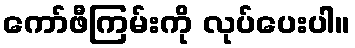
ကော်ဖီကြမ်းကို လုပ်ပေးပါ။